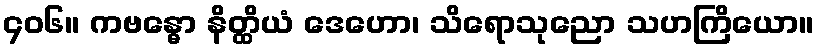
၄၀၆။ ကဗန္ဓော နိတ္ထိယံ ဒေဟော၊ သိရောသုညော သဟကြိယော။